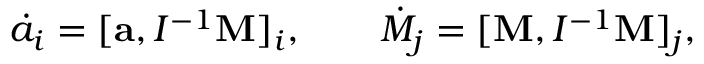
\begin{array} { r } { \dot { a } _ { i } = [ { \bf a } , I ^ { - 1 } { \bf M } ] _ { i } , \qquad \dot { M } _ { j } = [ { \bf M } , I ^ { - 1 } { \bf M } ] _ { j } , } \end{array}